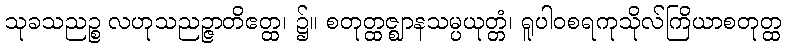
သုခသညဉ္စ လဟုသညဉ္ဇာတိဧတ္ထ၊ ၌။ စတုတ္ထဇ္ဈာနသမ္ပယုတ္တံ၊ ရူပါဝစရကုသိုလ်ကြိယာစတုတ္ထ